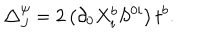
\triangle _ { J } ^ { \psi } = 2 \left( \partial _ { 0 } X _ { i } ^ { b } S ^ { 0 i } \right) t ^ { b } .